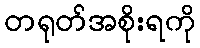
တရုတ်အစိုးရကို